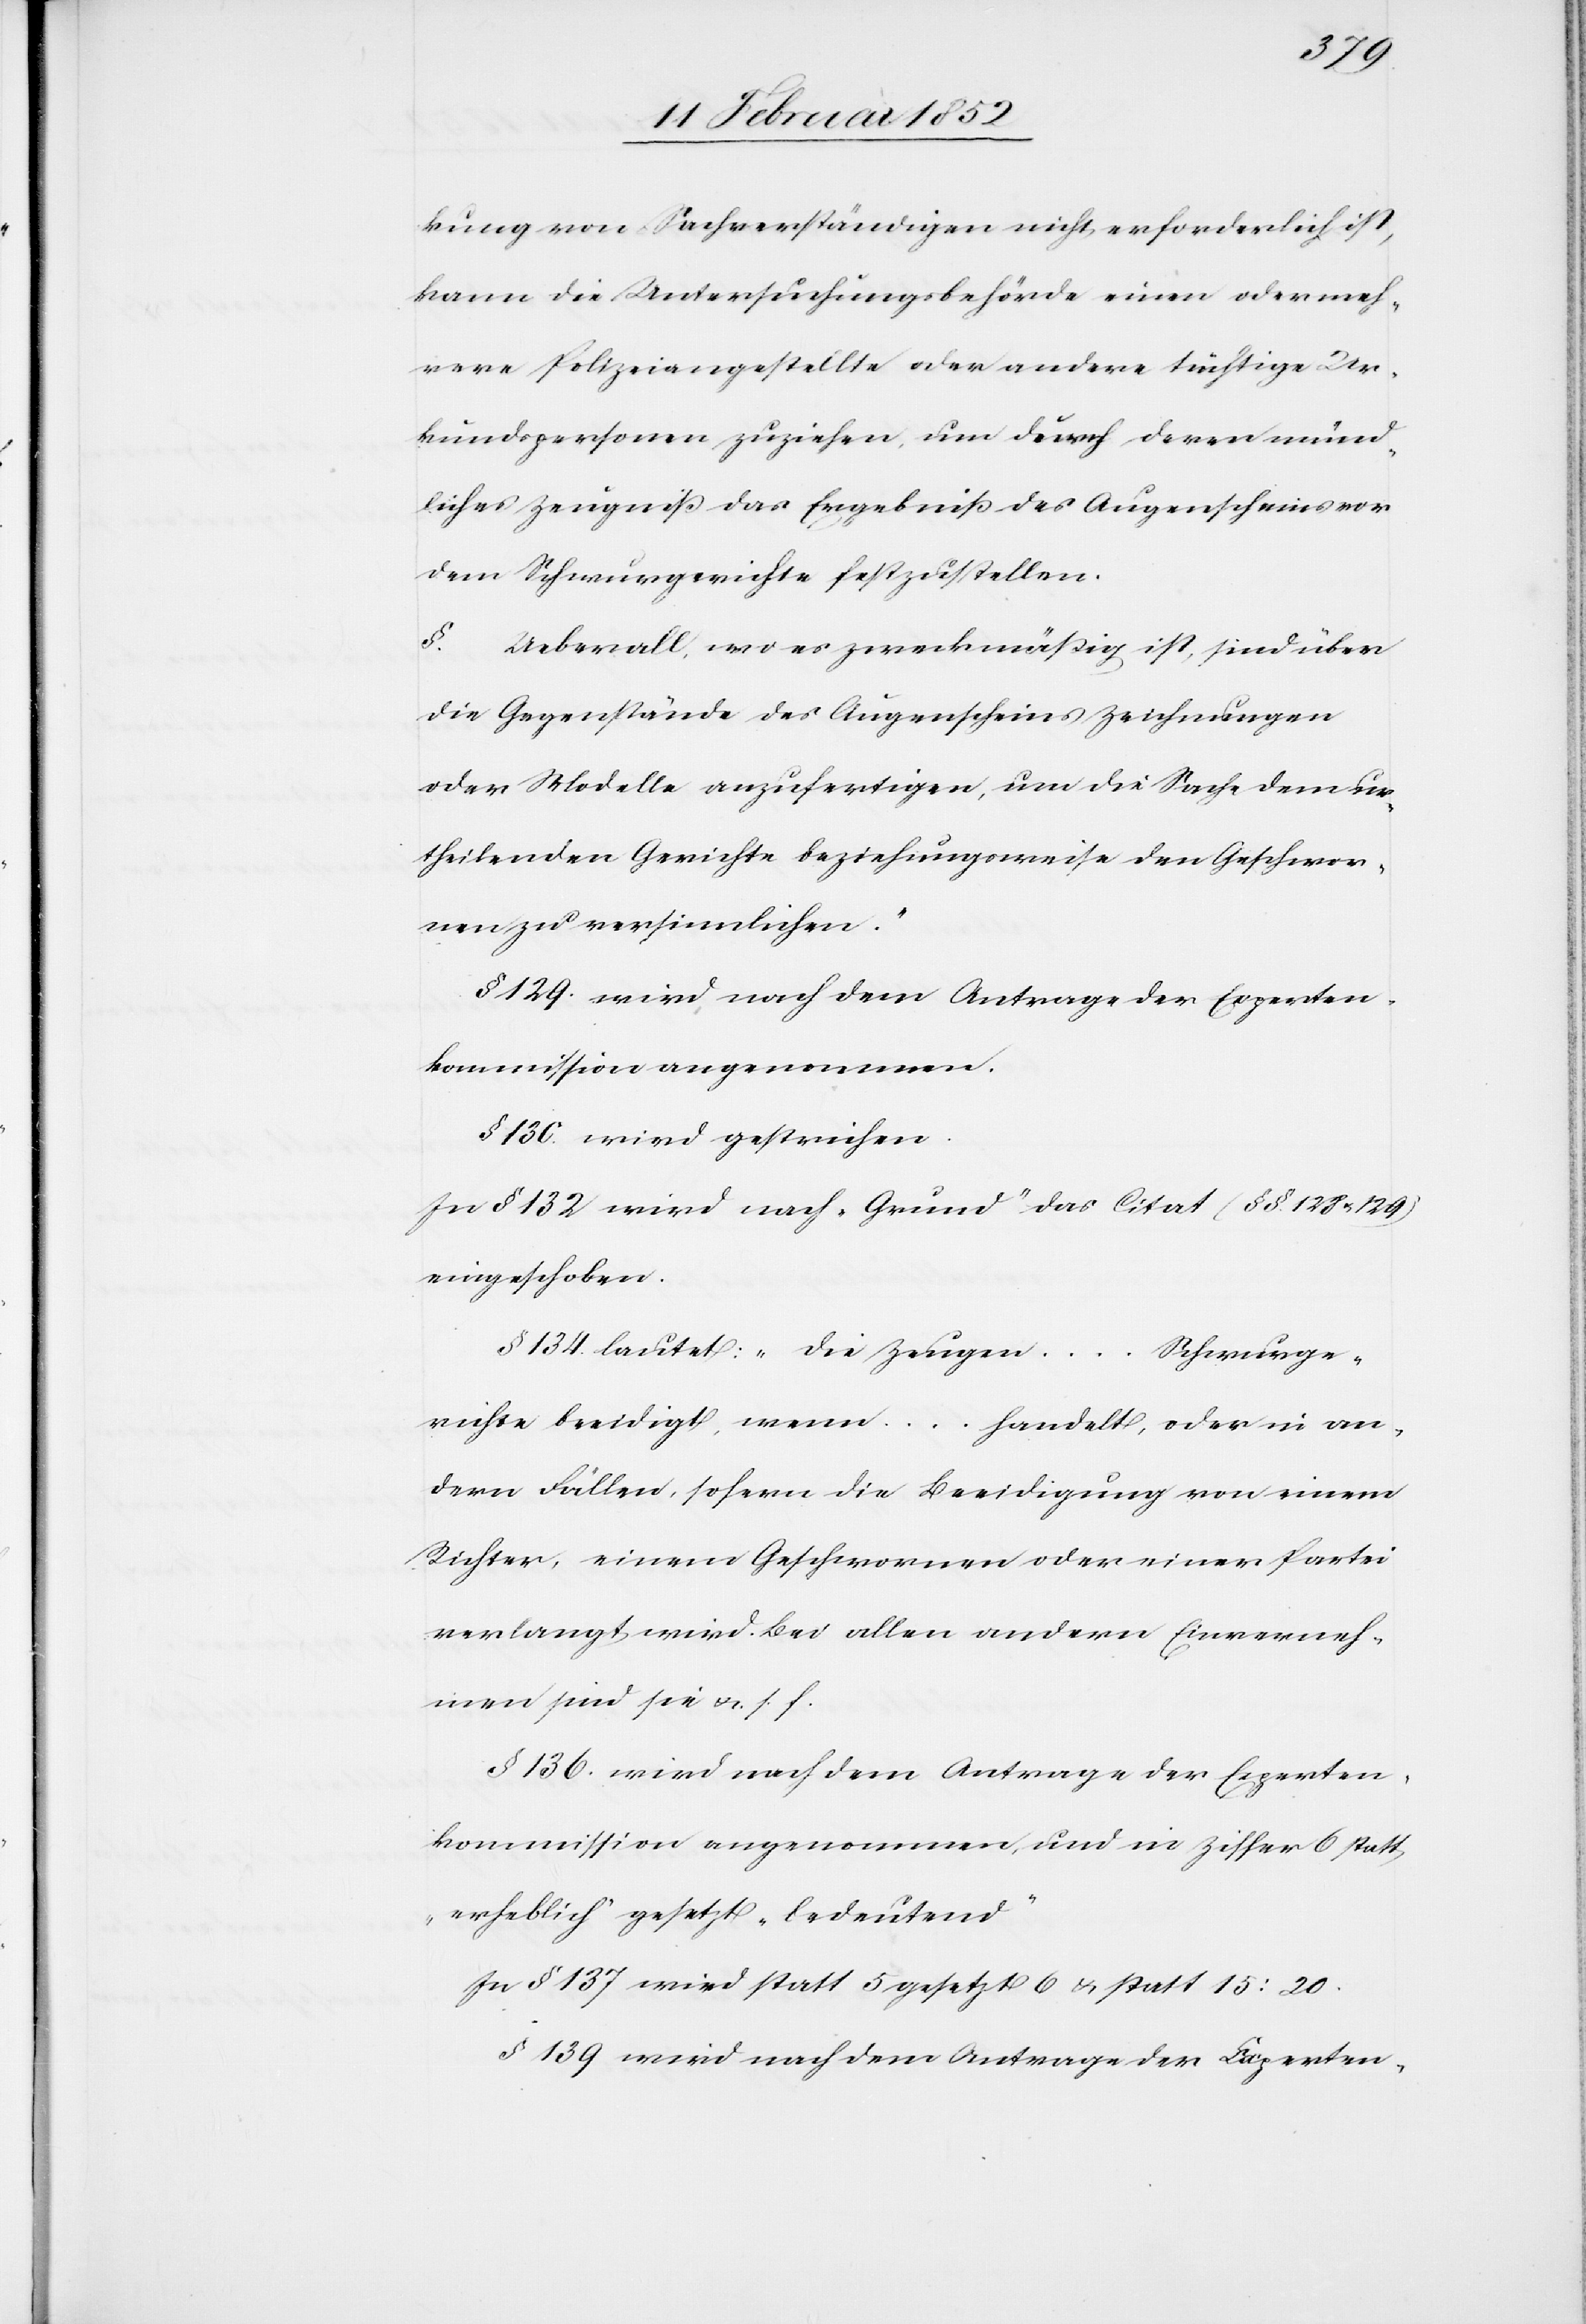
kung von Sachverständigen nicht erforderlich ist,
kann die Untersuchungsbehörde einen oder meh¬
rere Polizeiangestellte oder andere tüchtige Ur¬
kundspersonen zuziehen, um durch deren münd¬
liches Zeugniß das Ergebniß des Augenscheines vor
dem Schwurgerichte festzustellen.
§. Ueberall wo es zweckmäßig ist, sind über
die Gegenstände des Augenscheins Zeichnungen
oder Modelle anzufertigen, um die Sache dem ur¬
theilenden Gerichte beziehungsweise den Geschwor¬
nen zu versinnlichen.“
§ 129. wird nach dem Antrage der Experten¬
kommission angenommen.
§ 130. wird gestrichen.
In § 132 wird nach „Grund“ das Citat (§§. 128 u. 129)
eingeschoben.
§ 134. lautet: „die Zeugen ... Schwurge¬
richte beeidigt, wenn ... handelt, oder in an¬
dern Fällen, sofern die Beeidigung von einem
Richter, einem Geschwornen oder einer Partei
verlangt wird. Bei allen andern Einverneh¬
men sind sie u. s. f.
§ 136. wird nach dem Antrage der Experten¬
kommission angenommen, und in Ziffer 6 statt
„erheblich“ gesetzt „bedeutend“
In § 137 wird statt 5 gesetzt 6 u. statt 15: 20.
§ 139 wird nach dem Antrage der Experten-